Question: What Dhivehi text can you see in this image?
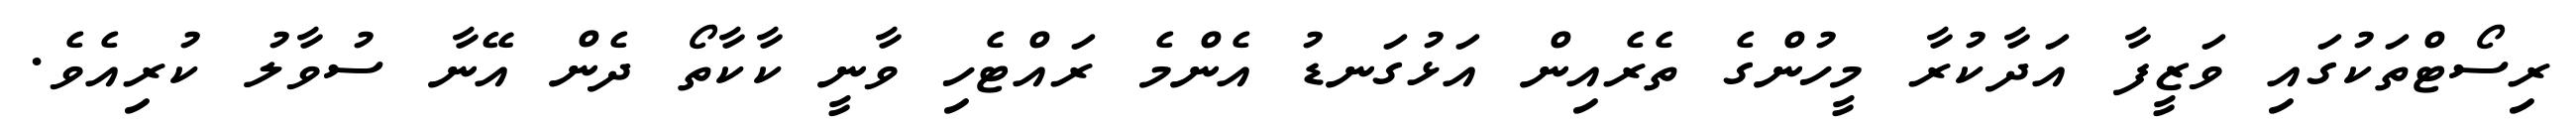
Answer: ރިސޯޓްތަކުގައި ވަޒީފާ އަދާކުރާ މީހުންގެ ތެރެއިން އަޅުގަނޑު އެންމެ ރައްޓެހި ވާނީ ކާކާތޯ ދެން އޭނާ ސުވާލު ކުރިއެވެ.